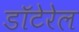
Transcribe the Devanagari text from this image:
डॉटेरेल